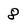
Character: 8